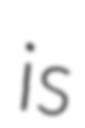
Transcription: is